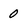
Character: 0